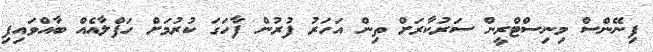
ފިނޭންސް މިނިސްޓްރީން ސަރުކާރަށް ތިން އަހަރު ފުރުން ފާހަގަ ކުރުމަށް ހަފްލާއެއް ބާއްވައިފި